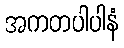
အကတပါပါနံ